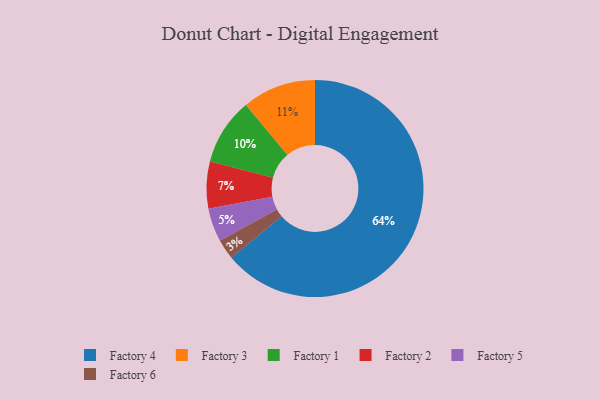
{"axis": {"x": "Category", "y": "Percentage"}, "legend": ["Factory 1", "Factory 2", "Factory 3", "Factory 4", "Factory 5", "Factory 6"], "data": [{"x": "Factory 1", "y": 10, "type": "Factory 1"}, {"x": "Factory 5", "y": 5, "type": "Factory 5"}, {"x": "Factory 6", "y": 3, "type": "Factory 6"}, {"x": "Factory 4", "y": 64, "type": "Factory 4"}, {"x": "Factory 3", "y": 11, "type": "Factory 3"}, {"x": "Factory 2", "y": 7, "type": "Factory 2"}]}